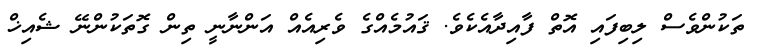
ތަކުންވެސް ލިބިފައި އޮތް ފާއިދާއެކެވެ. ޤައުމެއްގެ ވެރިއެއް އަންނާނީ ތިން ގޮތަކުންނޭ ޝެއިޚް